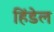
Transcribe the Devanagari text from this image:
हिंडेल